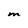
Character: m